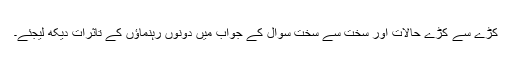
کڑے سے کڑے حالات اور سخت سے سخت سوال کے جواب میں دونوں رہنماؤں کے تاثرات دیکھ لیجئے۔